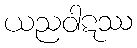
ယညဝါဋဿ